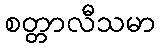
စတ္တာလီသမာ